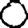
Digit: 0